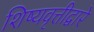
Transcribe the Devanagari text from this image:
शिष्यवृत्तीद्वारे